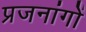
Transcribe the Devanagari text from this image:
प्रजनांगों